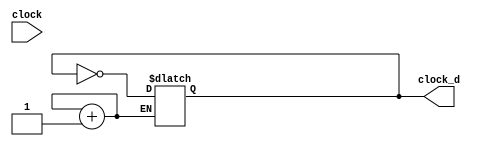
/* 
	Clock divider module
	
	- divides a clock signal by a given parameter factor
	
	Parameters
	
	- clock: the clock signal to divide
	- clock_d: the divided clock signal
	- factor: the factor of clock division
	*/
module clock_divider(input wire clock,
					 output reg clock_d);
	parameter factor = 1;
	
	reg [factor - 1:0] counter;
	
	initial
	begin
		clock_d	= 0;
		counter	= 0;
	end
	
	always @(clock)
	begin
		if (counter == 0)
		begin
			clock_d <= !clock_d;
			counter <= counter + 1;
		end else
		begin
			counter <= counter + 1;
		end

	end
	
endmodule